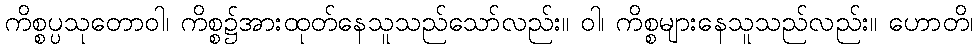
ကိစ္စပ္ပသုတောဝါ၊ ကိစ္စ၌အားထုတ်နေသူသည်သော်လည်း။ ဝါ၊ ကိစ္စများနေသူသည်လည်း။ ဟောတိ၊